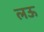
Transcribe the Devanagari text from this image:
लऊ